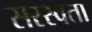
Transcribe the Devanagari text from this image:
सरस्वता